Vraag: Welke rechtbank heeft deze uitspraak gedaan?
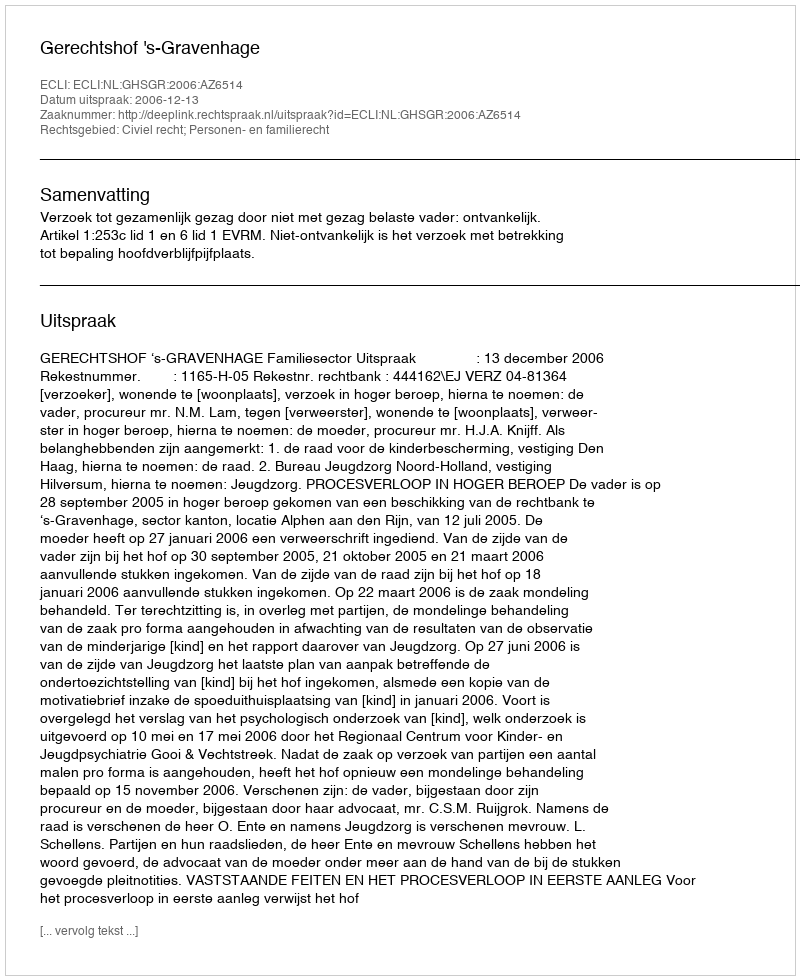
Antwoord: Gerechtshof 's-Gravenhage